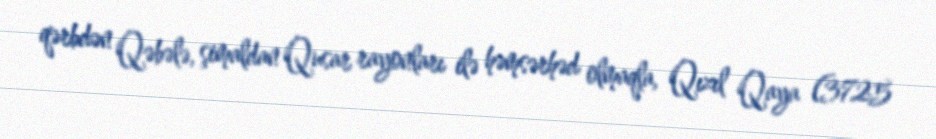
qərbdən Qəbələ, şimaldan Qusar rayonları ilə həmsərhəd olmaqla, Qızıl Qaya (3725